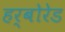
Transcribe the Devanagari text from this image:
हर्बोरेड